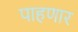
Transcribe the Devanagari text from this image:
पाहणार